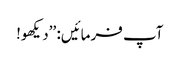
آپ فرمائیں: ’’دیکھو!